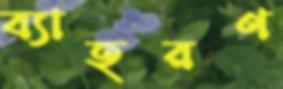
ব্যাহরণ